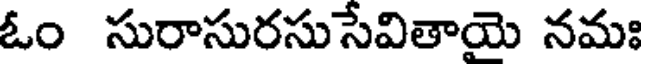
ఓం సురాసురసుసేవితాయె నమః